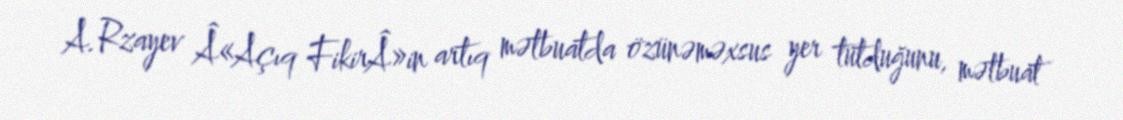
A.Rzayev Â«Açıq FikirÂ»in artıq mətbuatda özünəməxsus yer tutduğunu, mətbuat